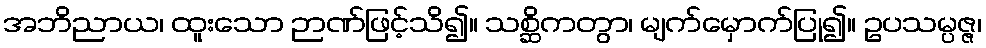
အဘိညာယ၊ ထူးသော ဉာဏ်ဖြင့်သိ၍။ သစ္ဆိကတွာ၊ မျက်မှောက်ပြု၍။ ဥပသမ္ပဇ္ဇ၊